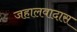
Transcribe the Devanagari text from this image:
जहालवादास